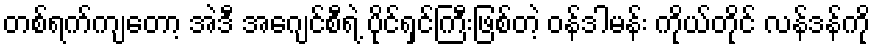
တစ်ရက်ကျတော့ အဲဒီ အေဂျင်စီရဲ့ ပိုင်ရှင်ကြီးဖြစ်တဲ့ ဝန်ဒါမန်း ကိုယ်တိုင် လန်ဒန်ကို